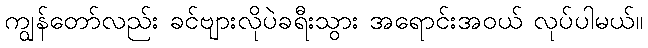
ကျွန်တော်လည်း ခင်ဗျားလိုပဲခရီးသွား အရောင်းအဝယ် လုပ်ပါမယ်။